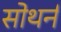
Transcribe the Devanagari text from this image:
सोथर्न